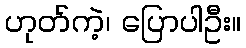
ဟုတ်ကဲ့၊ ပြောပါဦး။